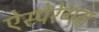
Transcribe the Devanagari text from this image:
ऐस्पेरेगस